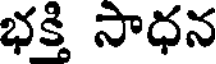
భక్తి సాధన